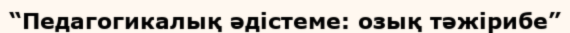
“Педагогикалық әдістеме: озық тәжірибе”